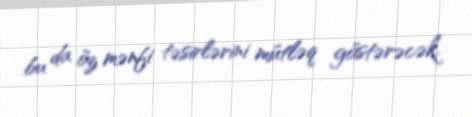
bu da öz mənfi təsirlərini mütləq göstərəcək.